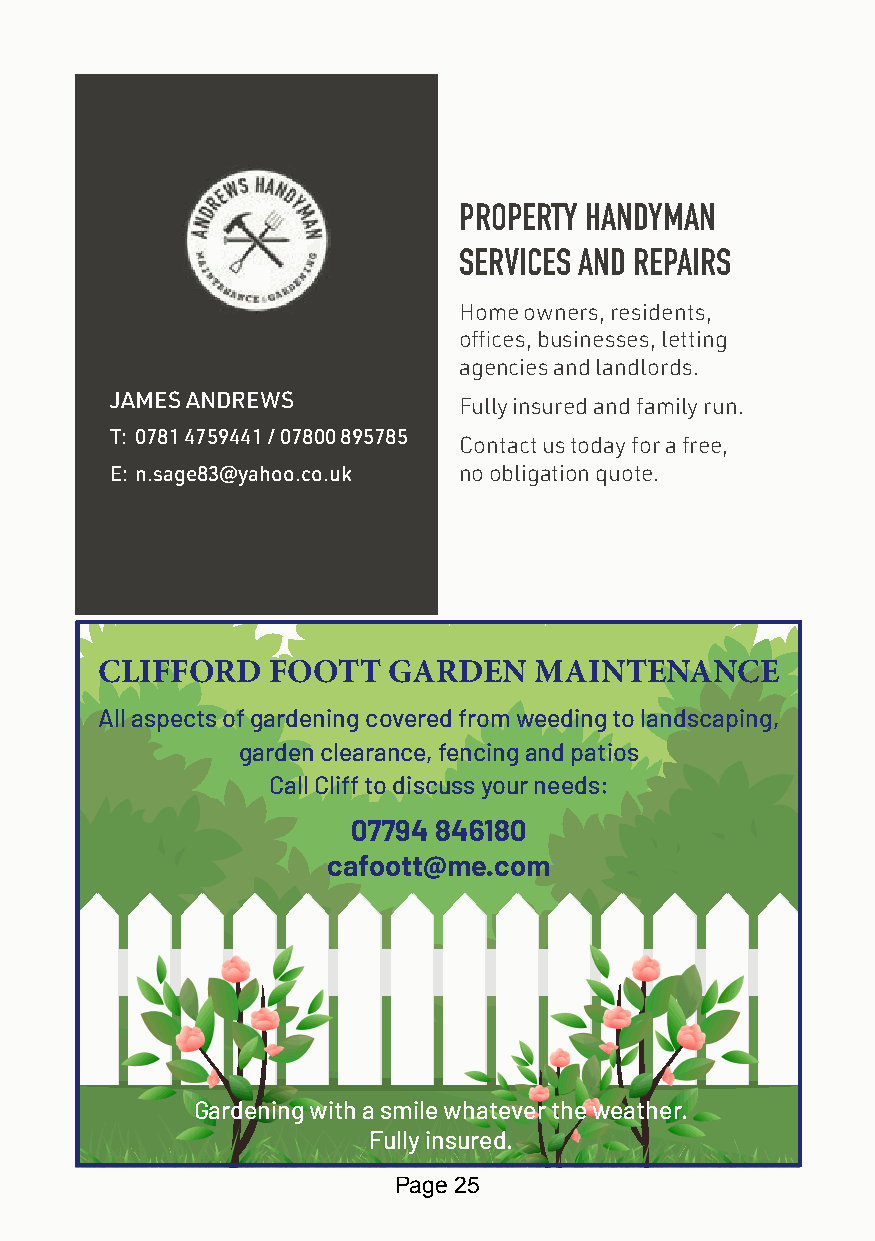
PROPERTY HANDYMAN
 SERVICES AND REPAIRS
 Home owners, residents,
 offices, businesses, letting
 agencies and landlords.
 JAMES ANDREWS
 Fully insured and family run.
 T: 0781 4759441 / 07800 895785
 Contact us today for a free,
 E: n.sage83@yahoo.co.uk no obligation quote.
 CLIFFORD   FOOTT   GARDEN   MAINTENANCE
 All aspects of gardening covered from weeding to landscaping,
 garden clearance, fencing and patios
 Call Cliff to discuss your needs:
 07794 846180
 cafoott@me.com
 Gardening with a smile whatever the weather.
 Fully insured.
 Page 25